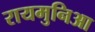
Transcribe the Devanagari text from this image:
रायमुनिआ